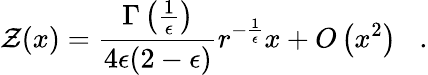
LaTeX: {\cal Z}(x)={\frac{\Gamma\left({\frac{1}{\epsilon}}\right)}{4\epsilon(2-\epsilon)}}r^{-{\frac{1}{\epsilon}}}x+O\left(x^{2}\right)\; \; \; .